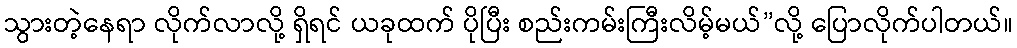
သွားတဲ့နေရာ လိုက်လာလို့ ရှိရင် ယခုထက် ပိုပြီး စည်းကမ်းကြီးလိမ့်မယ်”လို့ ပြောလိုက်ပါတယ်။